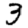
Digit: 3